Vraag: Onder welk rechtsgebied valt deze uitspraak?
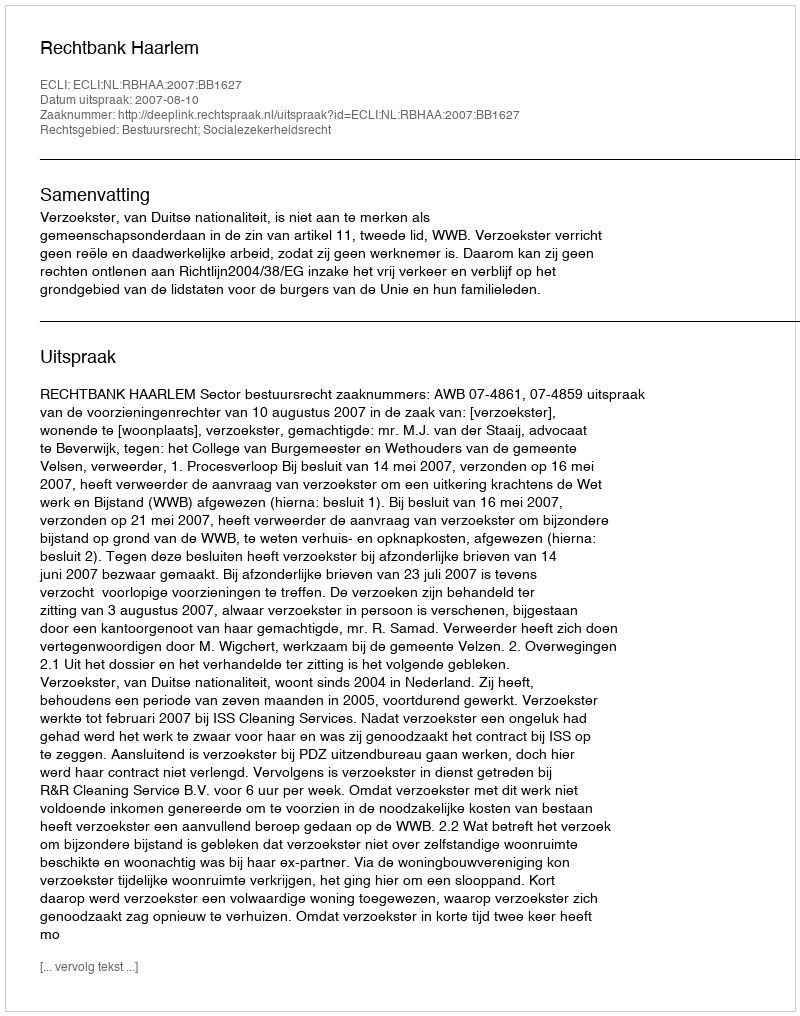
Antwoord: Bestuursrecht; Socialezekerheidsrecht